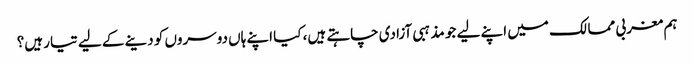
ہم مغربی ممالک میں اپنے لیے جو مذہبی آزادی چاہتے ہیں، کیا اپنے ہاں دوسروں کو دینے کے لیے تیار ہیں؟